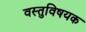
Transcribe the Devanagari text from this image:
वस्तुविषयक